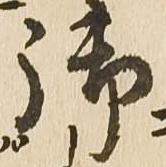
御